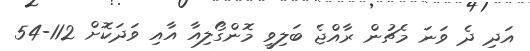
އަދި ދެ ވަނަ މެޗުން ރާއްޖެ ބަލިވީ މޮންގޯލިއާ އާއި ވަދަކޮށް 112-54